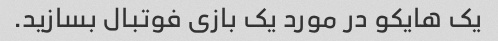
یک هایکو در مورد یک بازی فوتبال بسازید.